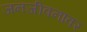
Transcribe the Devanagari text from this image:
जनजीवनावर